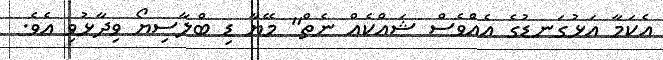
އެކަމާ އަޅުގަނޑުގެ އެއްވެސް ޝައްކެއް ނެތް" މޭޔާ ޑި ބްލާސިޔޯ ވިދާޅުވި އެވެ.